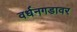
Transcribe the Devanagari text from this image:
वर्धनगडावर